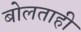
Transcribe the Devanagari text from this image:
बोलताही